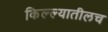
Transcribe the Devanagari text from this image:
किल्ल्यातीलच